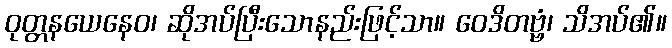
ဝုတ္တနယေနေဝ၊ ဆိုအပ်ပြီးသောနည်းဖြင့်သာ။ ဝေဒိတဗ္ဗံ၊ သိအပ်၏။